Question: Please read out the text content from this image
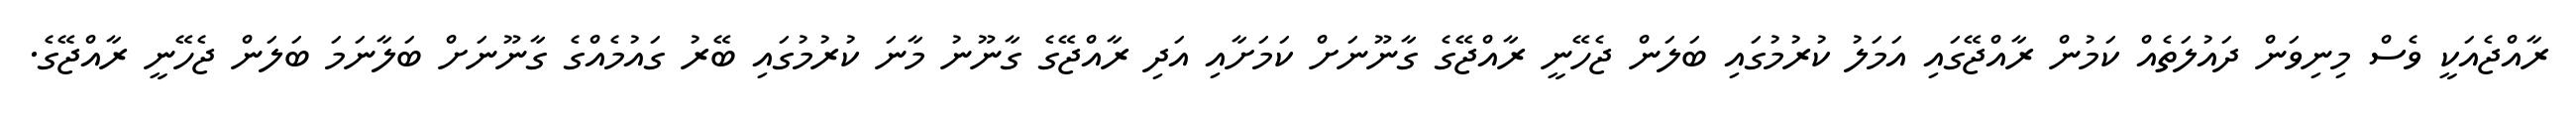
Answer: ރާއްޖެއަކީ ވެސް މިނިވަން ދައުލަތެއް ކަމުން ރާއްޖޭގައި އަމަލު ކުރުމުގައި ބަލަން ޖެހޭނީ ރާއްޖޭގެ ގާނޫނަށް ކަމަށާއި އަދި ރާއްޖޭގެ ގާނޫނު މާނަ ކުރުމުގައި ބޭރު ގައުމެއްގެ ގާނޫނަށް ބަލާނަމަ ބަލަން ޖެހޭނީ ރާއްޖޭގެ.